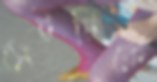
সেটটিকে